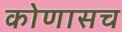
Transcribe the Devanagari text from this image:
कोणासच